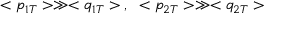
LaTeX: < p _ { 1 T } > \gg < q _ { 1 T } > \; , \; \; < p _ { 2 T } > \gg < q _ { 2 T } >